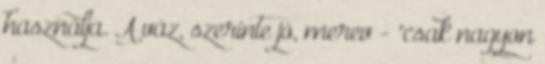
használja. A váz, szerinte jó, merev - "csak nagyon